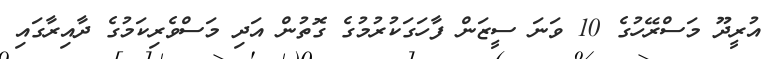
އުރީދޫ މަސްރޭހުގެ 10 ވަނަ ސީޒަން ފާހަގަކުރުމުގެ ގޮތުން އަދި މަސްވެރިކަމުގެ ދާއިރާގައި